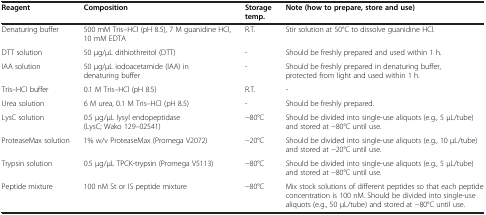
<table><thead><tr><td><b>Reagent</b></td><td><b>Composition</b></td><td><b>Storage temp.</b></td><td><b>Note (how to prepare, store and use)</b></td></tr></thead><tbody><tr><td>Denaturing buffer</td><td>500 mM Tris–HCl (pH 8.5), 7 M guanidine HCl, 10 mM EDTA</td><td>R.T.</td><td>Stir solution at 50°C to dissolve guanidine HCl.</td></tr><tr><td>DTT solution</td><td>50 μg/μL dithiothreitol (DTT)</td><td>-</td><td>Should be freshly prepared and used within 1 h.</td></tr><tr><td>IAA solution</td><td>50 μg/μL iodoacetamide (IAA) in denaturing buffer</td><td>-</td><td>Should be freshly prepared in denaturing buffer, protected from light and used within 1 h.</td></tr><tr><td>Tris–HCl buffer</td><td>0.1 M Tris–HCl (pH 8.5)</td><td>R.T.</td><td>-</td></tr><tr><td>Urea solution</td><td>6 M urea, 0.1 M Tris–HCl (pH 8.5)</td><td>-</td><td>Should be freshly prepared.</td></tr><tr><td>LysC solution</td><td>0.5 μg/μL lysyl endopeptidase (LysC; Wako 129–02541)</td><td>-80°C</td><td>Should be divided into single-use aliquots (e.g., 5 μL/tube) and stored at -80°C until use.</td></tr><tr><td>ProteaseMax solution</td><td>1% w/v ProteaseMax (Promega V2072)</td><td>-20°C</td><td>Should be divided into single-use aliquots (e.g., 10 μL/tube) and stored at -20°C until use.</td></tr><tr><td>Trypsin solution</td><td>0.5 μg/μL TPCK-trypsin (Promega V5113)</td><td>-80°C</td><td>Should be divided into single-use aliquots (e.g., 5 μL/tube) and stored at -80°C until use.</td></tr><tr><td>Peptide mixture</td><td>100 nM St or IS peptide mixture</td><td>-80°C</td><td>Mix stock solutions of different peptides so that each peptide concentration is 100 nM. Should be divided into single-use aliquots (e.g., 50 μL/tube) and stored at -80°C until use.</td></tr></tbody></table>